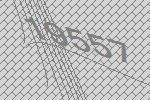
19557